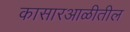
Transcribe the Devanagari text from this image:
कासारआळीतील